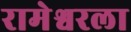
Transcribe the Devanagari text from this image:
रामेश्वरला